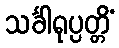
သင်္ခါရုပ္ပတ္တိံ